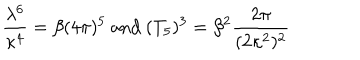
\frac { \lambda ^ { 6 } } { \kappa ^ { 4 } } = \beta ( 4 \pi ) ^ { 5 } \mathrm { ~ a n d ~ } ( T _ { 5 } ) ^ { 3 } = \beta ^ { 2 } \frac { 2 \pi } { ( 2 \kappa ^ { 2 } ) ^ { 2 } }